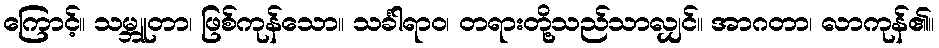
ကြောင့်။ သမ္ဘူတာ၊ ဖြစ်ကုန်သော။ သင်္ခါရာဝ၊ တရားတို့သည်သာလျှင်။ အာဂတာ၊ လာကုန်၏။